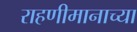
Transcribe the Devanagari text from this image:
राहणीमानाच्या